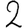
Digit: 2